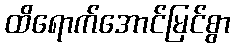
ထိရောက်အောင်မြင်စွာ